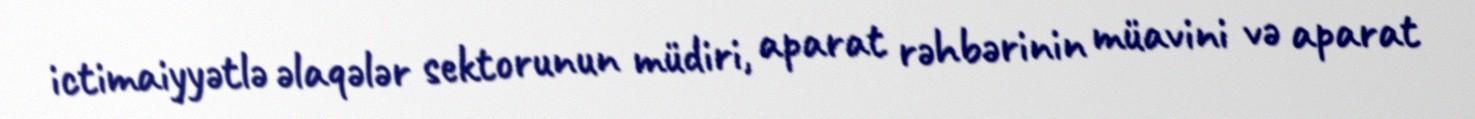
ictimaiyyətlə əlaqələr sektorunun müdiri, aparat rəhbərinin müavini və aparat